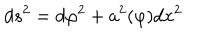
LaTeX: d s ^ { 2 } = d \varphi ^ { 2 } + a ^ { 2 } ( \varphi ) d x ^ { 2 }